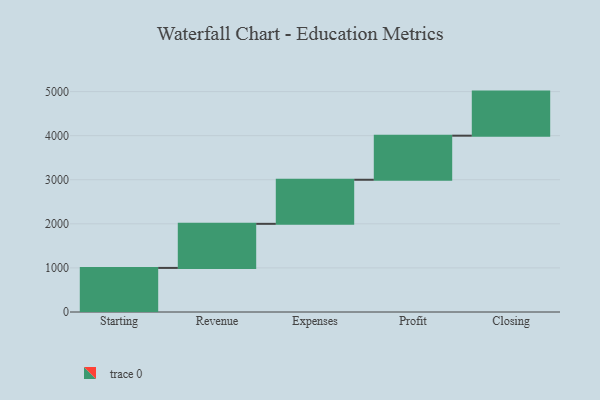
{"axis": {"x": "Step", "y": "Value"}, "legend": [""], "data": [{"x": "Starting", "y": 1000, "type": ""}, {"x": "Revenue", "y": 1000, "type": ""}, {"x": "Expenses", "y": 1000, "type": ""}, {"x": "Profit", "y": 1000, "type": ""}, {"x": "Closing", "y": 1000, "type": ""}]}